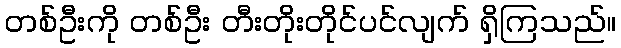
တစ်ဦးကို တစ်ဦး တီးတိုးတိုင်ပင်လျက် ရှိကြသည်။